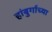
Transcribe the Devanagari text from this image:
हांबुर्गाच्या